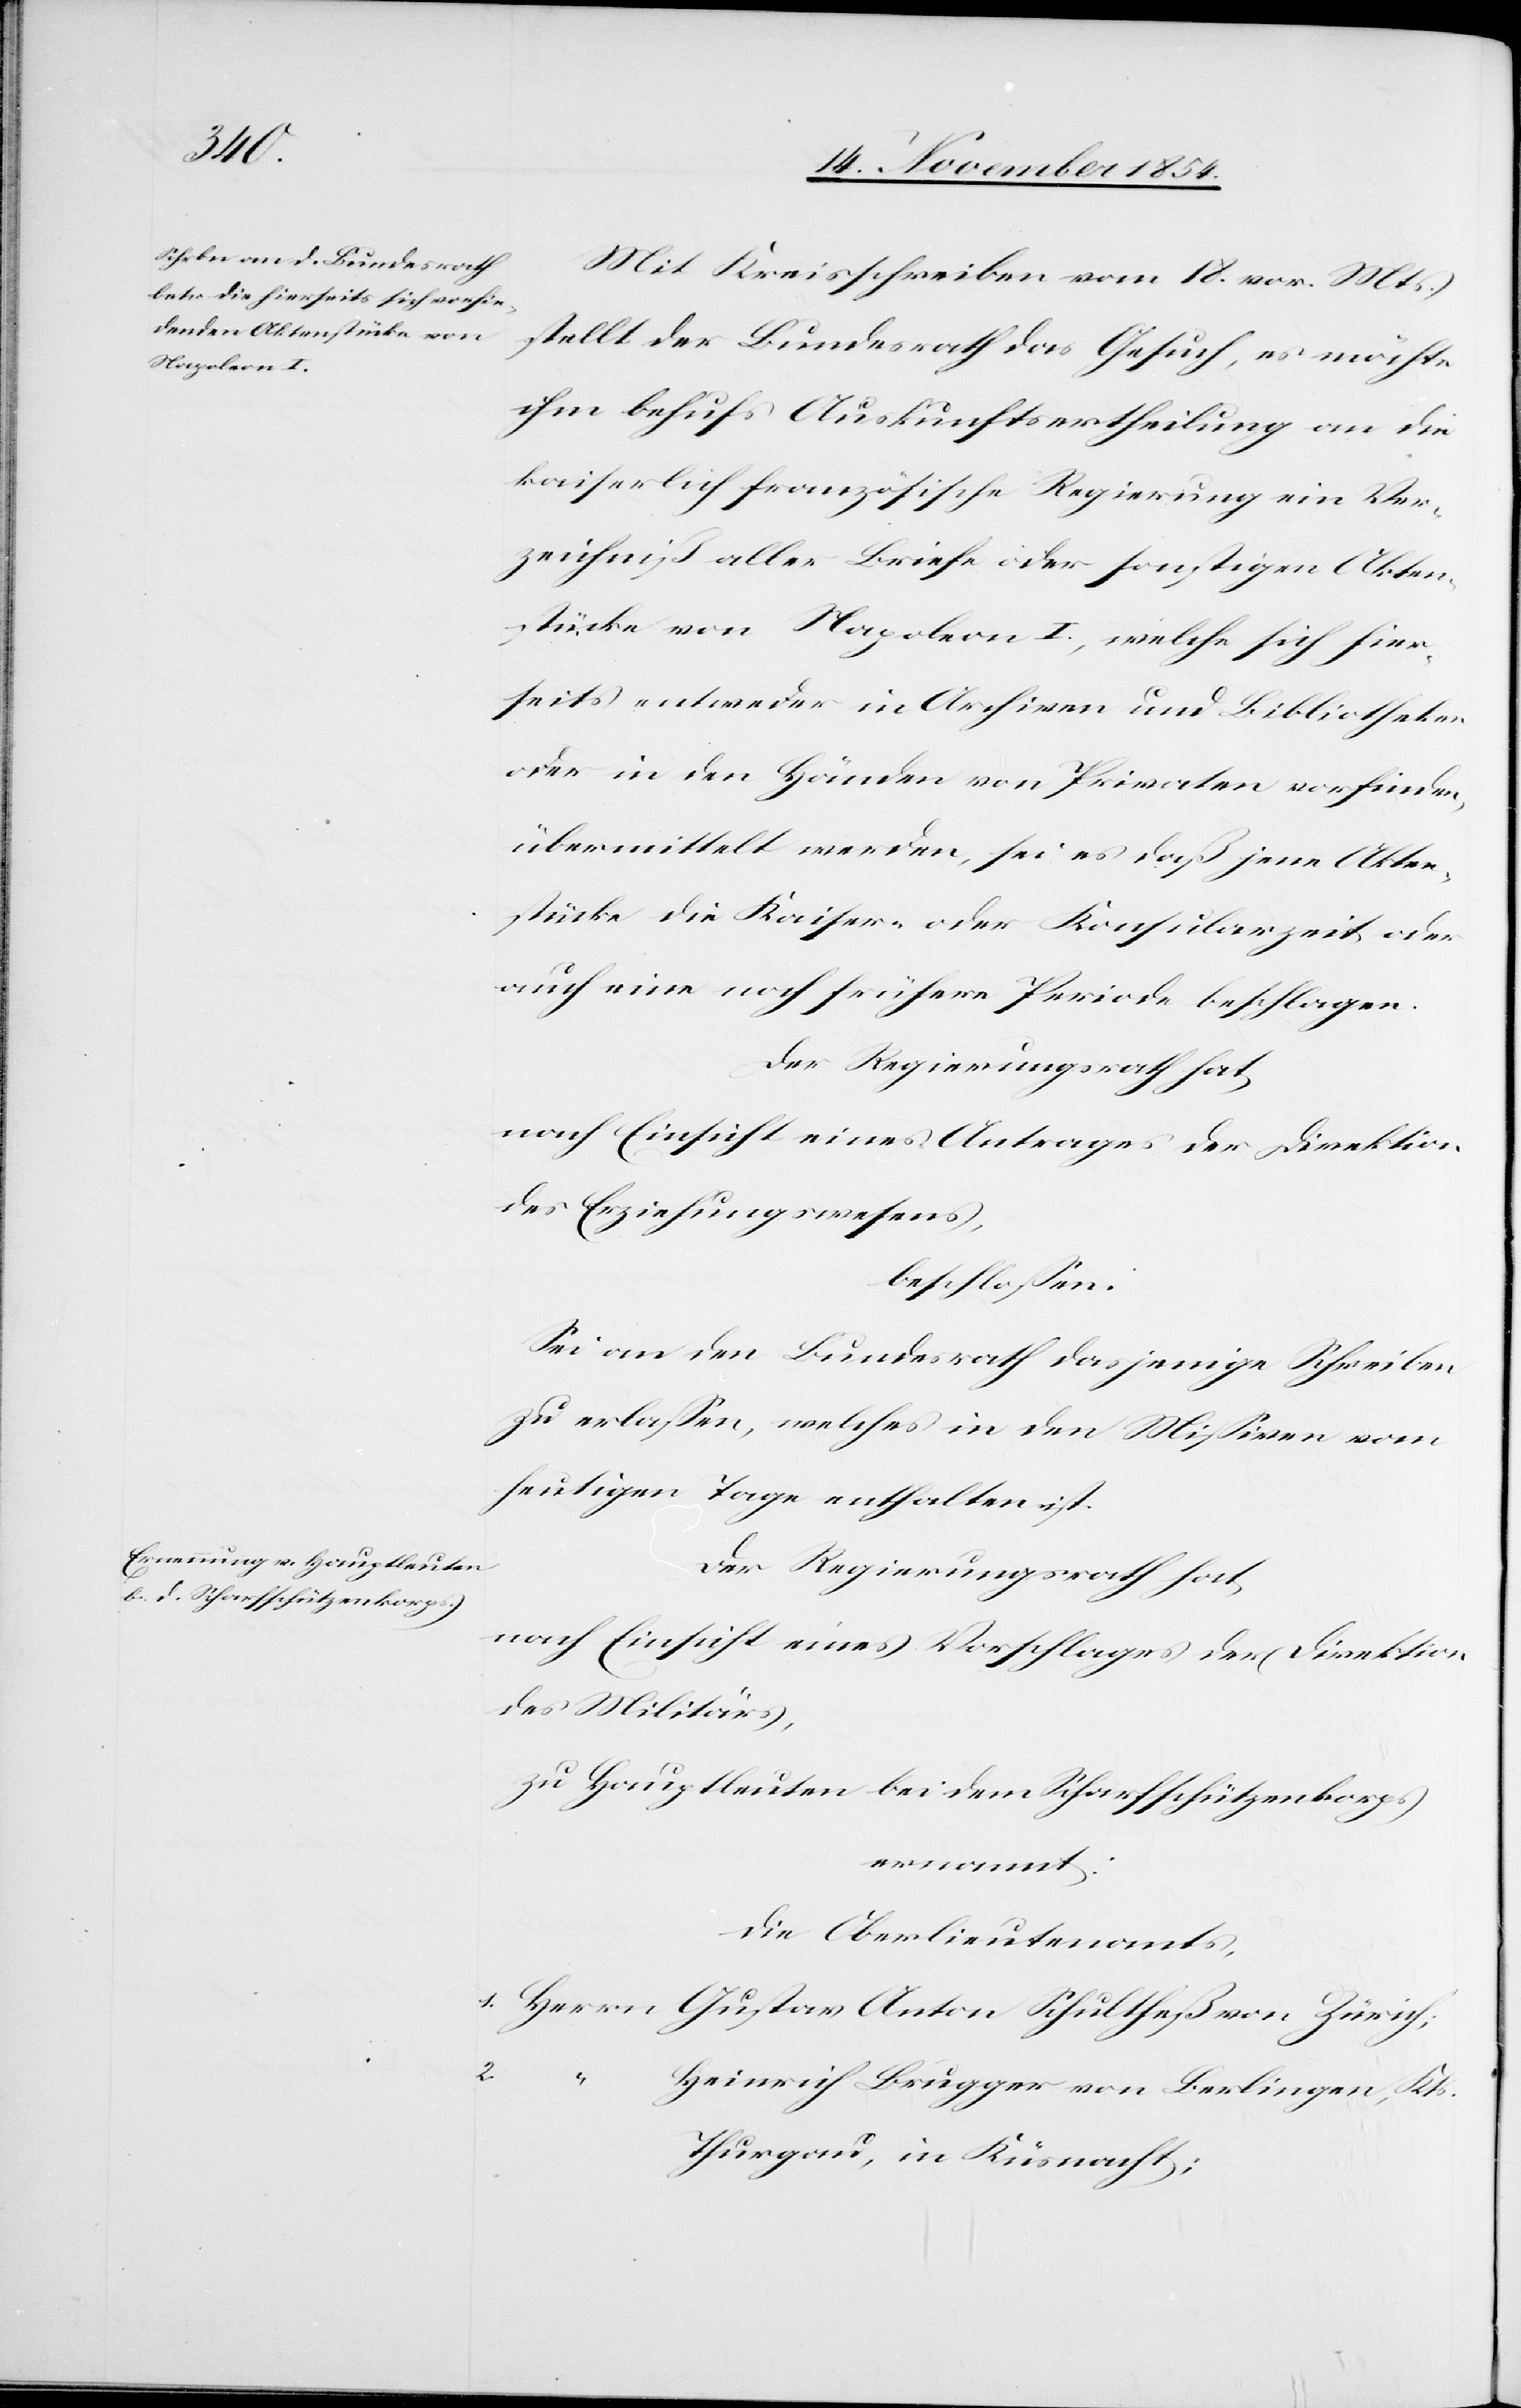
Mit Kreisschreiben vom 18. vor. Mts.
stellt der Bundesrath das Gesuch, es möchte
ihm behufs Auskunftsertheilung an die
kaiserlich französische Regierung ein Ver¬
zeichniß aller Briefe oder sonstigen Akten¬
stücke von Napoleon I., welche sich hier¬
seits entweder in Archiven oder Bibliotheken
oder in den Händen von Privaten vorfinden,
übermittelt werden, sei es daß jene Akten¬
stücke die Kaiser- oder Konsularzeit oder
auch eine noch frühere Periode beschlagen.
Der Regierungsrath hat,
nach Einsicht eines Antrages der Direktion
des Erziehungswesens,
beschloßen:
Sei an den Bundesrath dasjenige Schreiben
zu erlaßen, welches in den Mißiven vom
heutigen Tage enthalten ist.
Der Regierungsrath hat
des Militärs,
zu Hauptleute bei dem Scharfschützenkorps
ernannt:
Die Oberlieutenants,
1. Herrn Gustav Anton Schultheß von Zürich;
Heinrich Brugger von Berlingen, Kts.
Thurgau, in Küßnacht;